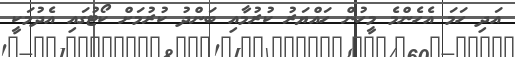
އަދި ހަމަ އެހެންމެ މީހުން ހައްޔަރު ކުރުމާއި ބަންދު ކުރުމަށް ކޯޓުގައި އެދުމަކީ